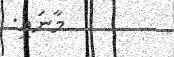
މާނައީ: